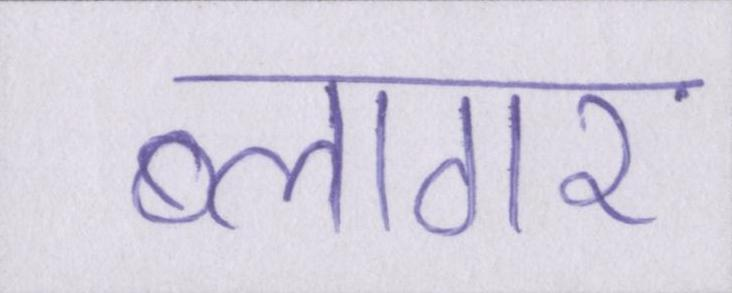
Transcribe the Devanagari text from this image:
ब्लागर